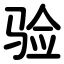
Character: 验